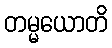
တမ္မယောတိ